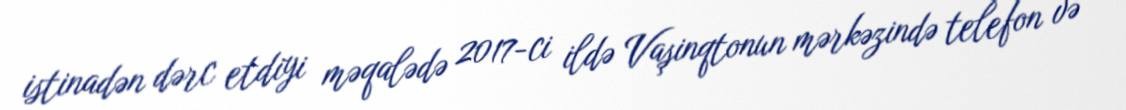
istinadən dərc etdiyi məqalədə 2017-ci ildə Vaşinqtonun mərkəzində telefon və